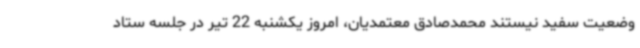
وضعیت سفید نیستند محمدصادق معتمدیان، امروز یکشنبه 22 تیر در جلسه ستاد